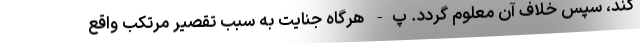
کند، سپس خلاف آن معلوم گردد. پ- هرگاه جنایت به سبب تقصیر مرتکب واقع